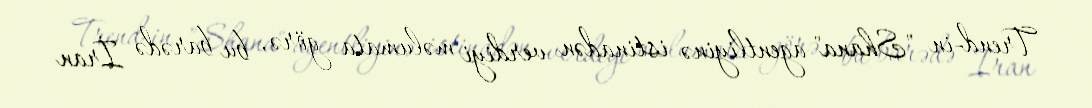
Trend-in "Shana" agentliyinə istinadən verdiyi məlumata görə, bu barədə İran